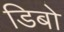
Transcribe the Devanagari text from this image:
डिबो